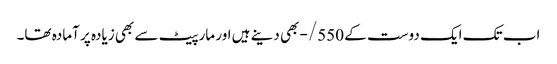
اب تک ایک دوست کے 550/- بھی دینے ہیں اور مارپیٹ سے بھی زیادہ پر آمادہ تھا۔